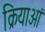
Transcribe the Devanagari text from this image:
क्रियाआं